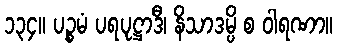
၁၃၄။ ပဉ္စမံ ပရပုဋ္ဌာဒီ၊ နိသာဒမ္ပိ စ ဝါရဏာ။